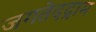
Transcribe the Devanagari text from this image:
जगतेदद्राम